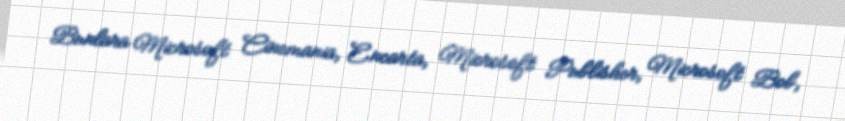
Bunlara Microsoft Cinemania, Encarta, Microsoft Publisher, Microsoft Bob,